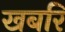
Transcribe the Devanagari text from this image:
खबरि